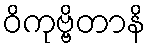
ဝိကုဗ္ဗိတာနိ